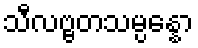
သီလဗ္ဗတသမ္ပန္နော